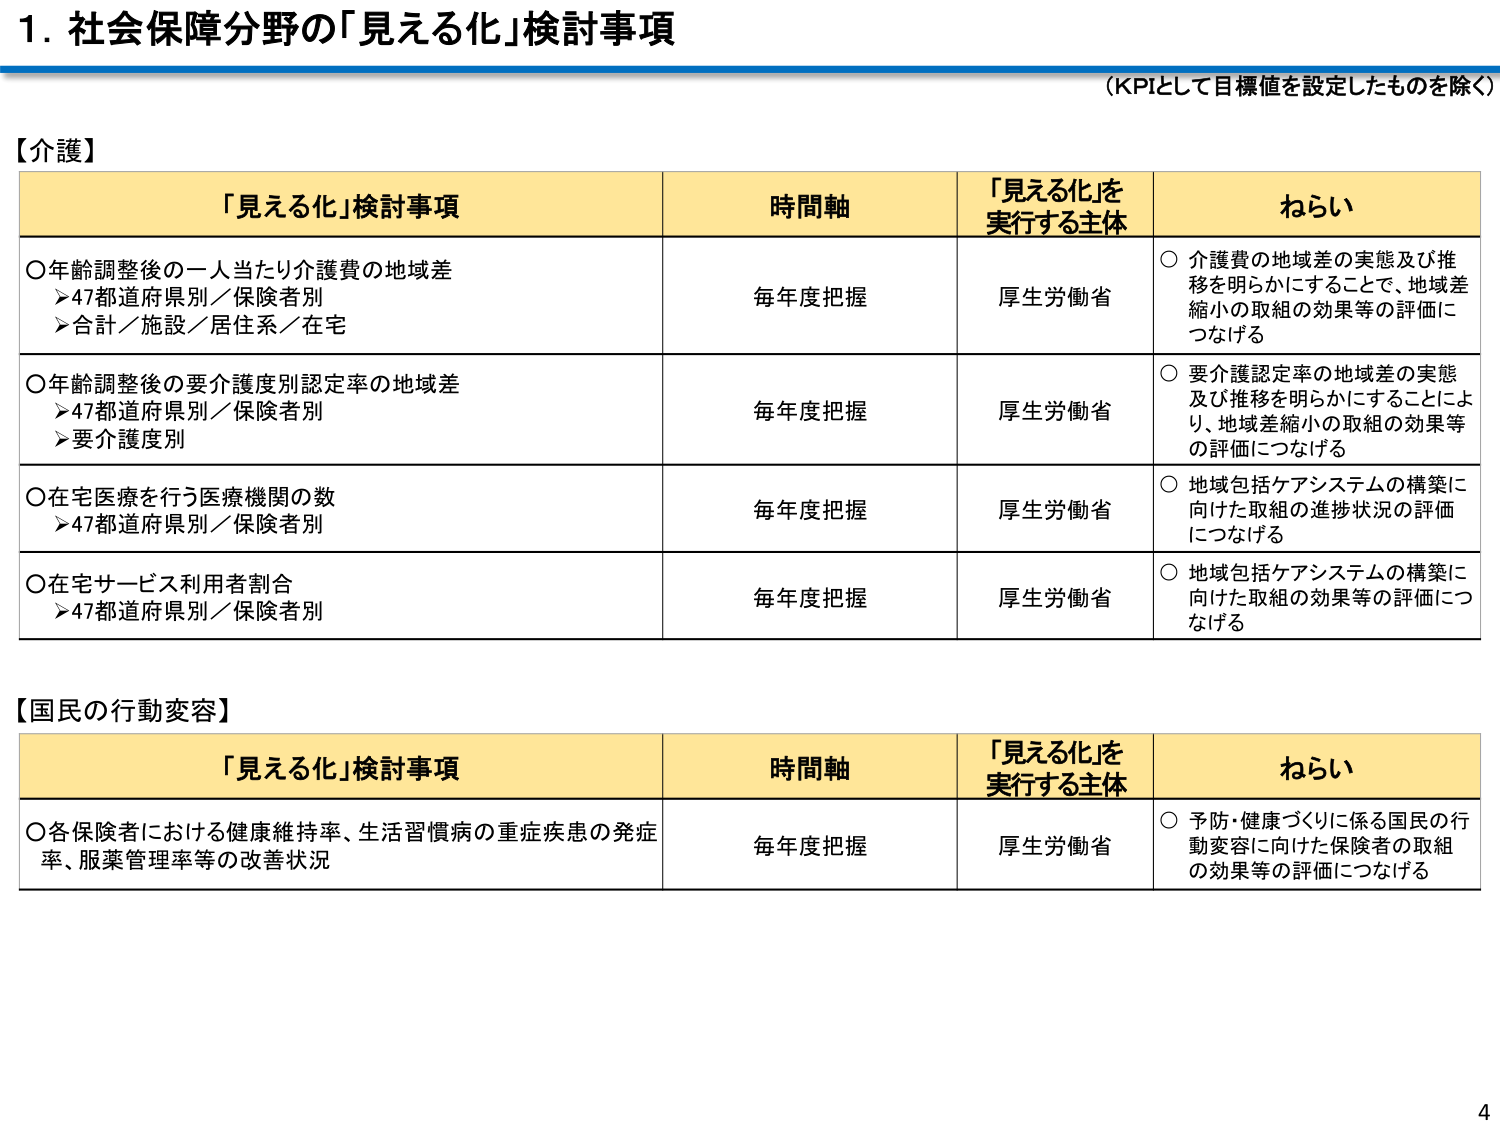
1. 社会保障分野の「見える化」検討事項
（KPIとして目標値を設定したもの除く）

【介護】
「見える化」検討事項　　　　　　　時間軸　　　　　　「見える化」を実行する主体　　　　ねらい
○年齢調整後の一人当たり介護費の地域差
　▶47都道府県別／保険者別
　▶合計／施設／居住系／在宅
　　　　　　　　　　　　　　　　　毎年度把握　　　　　厚生労働省　　　　　○介護費の地域差の実態及び推移を明らかにすることで、地域差縮小の取組の効果等の評価につなげる

○年齢調整後の要介護度別認定率の地域差
　▶47都道府県別／保険者別
　▶要介護度別
　　　　　　　　　　　　　　　　　毎年度把握　　　　　厚生労働省　　　　　○要介護認定率の地域差の実態及び推移を明らかにすることにより、地域差縮小の取組の効果等の評価につなげる

○在宅医療を行う医療機関の数
　▶47都道府県別／保険者別
　　　　　　　　　　　　　　　　　毎年度把握　　　　　厚生労働省　　　　　○地域包括ケアシステムの構築に向けた取組の進捗状況の評価につなげる

○在宅サービス利用者割合
　▶47都道府県別／保険者別
　　　　　　　　　　　　　　　　　毎年度把握　　　　　厚生労働省　　　　　○地域包括ケアシステムの構築に向けた取組の効果等の評価につなげる

【国民の行動変容】
「見える化」検討事項　　　　　　　時間軸　　　　　　「見える化」を実行する主体　　　　ねらい
○各保険者における健康維持率、生活習慣病の重症疾患の発症率、服薬管理率等の改善状況
　　　　　　　　　　　　　　　　　毎年度把握　　　　　厚生労働省　　　　　○予防・健康づくりに係る国民の行動変容に向けた保険者の取組の効果等の評価につなげる

4